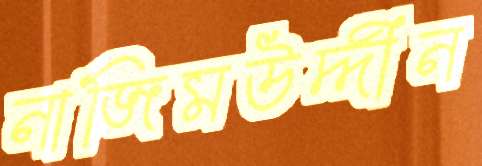
নাজিমউদ্দীন